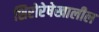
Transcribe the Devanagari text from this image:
शिरोरेषेखालील